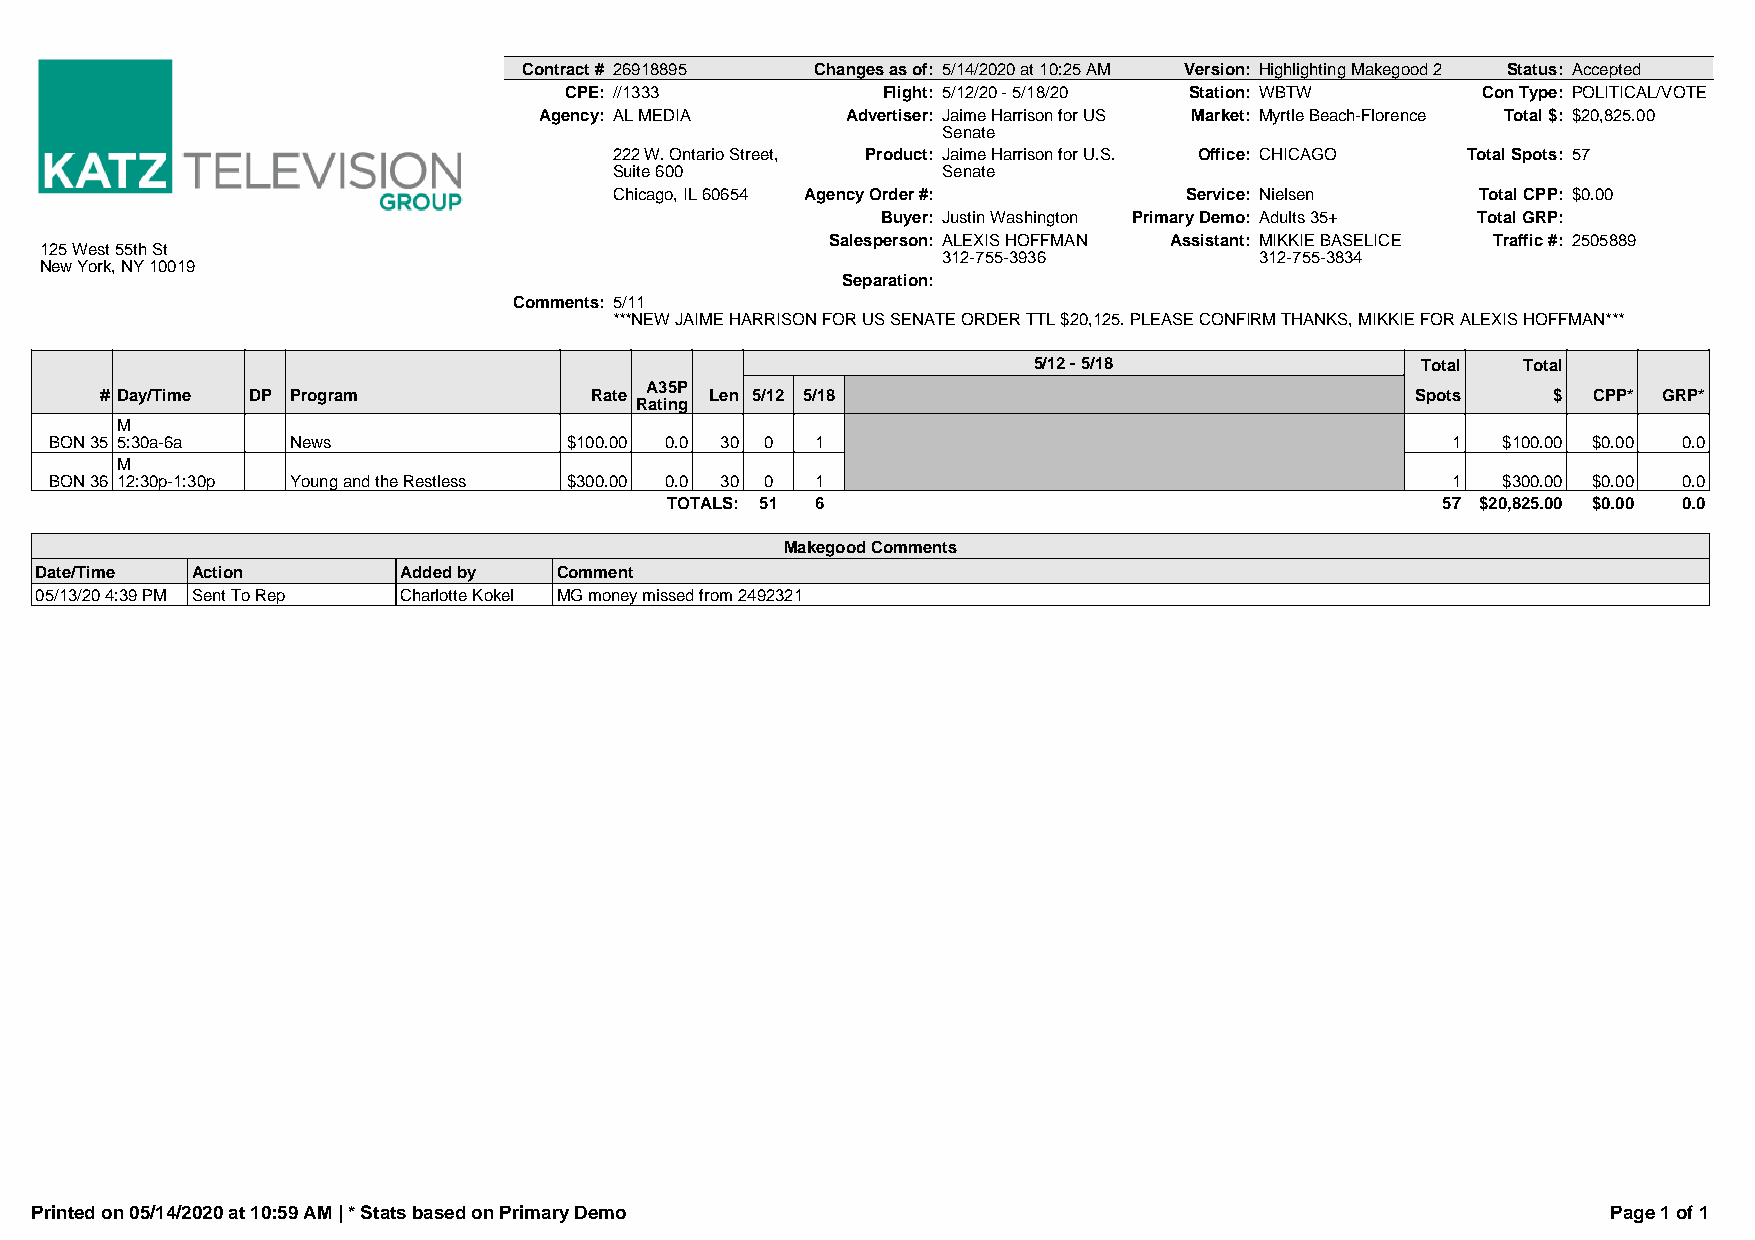
Contract # 26918895 Changes as of: 5/14/2020 at 10:25 AM Version: Highlighting Makegood 2 Status: Accepted
 CPE: //1333          Flight: 5/12/20 - 5/18/20 Station: WBTW Con Type: POLITICAL/VOTE
 Agency: AL MEDIA    Advertiser: Jaime Harrison for US Market: Myrtle Beach-Florence Total $: $20,825.00
 Senate
 222 W. Ontario Street, Product: Jaime Harrison for U.S. Office: CHICAGO Total Spots: 57
 Suite 600            Senate
 Chicago, IL 60654 Agency Order #:    Service: Nielsen    Total CPP: $0.00
 Buyer: Justin Washington Primary Demo: Adults 35+ Total GRP:
 Salesperson: ALEXIS HOFFMAN Assistant: MIKKIE BASELICE Traffic #: 2505889
 125 West 55th St
 312-755-3936         312-755-3834
 New York, NY 10019
 Separation:
 Comments: 5/11
 ***NEW JAIME HARRISON FOR US SENATE ORDER TTL $20,125. PLEASE CONFIRM THANKS, MIKKIE FOR ALEXIS HOFFMAN***
 5/12 - 5/18               Total  Total
 A35P
 # Day/Time DP Program           Rate    Len 5/12 5/18                                  Spots    $ CPP* GRP*
 Rating
 M
 BON 35 5:30a-6a News               $100.00 0.0 30 0 1                                        1  $100.00 $0.00 0.0
 M
 BON 36 12:30p-1:30p Young and the Restless $300.00 0.0 30 0 1                                1  $300.00 $0.00 0.0
 TOTALS: 51 6                                       57 $20,825.00 $0.00 0.0
 Makegood Comments
 Date/Time  Action       Added by   Comment
 05/13/20 4:39 PM Sent To Rep Charlotte Kokel MG money missed from 2492321
 Printed on 05/14/2020 at 10:59 AM | * Stats based on Primary Demo                                        Page 1 of 1